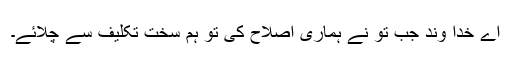
اے خدا وند جب تو نے ہماری اصلاح کی تو ہم سخت تکلیف سے چلائے۔